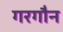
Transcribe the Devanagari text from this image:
गरगौन